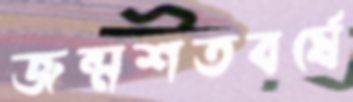
জন্মশতবর্ষে